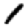
Digit: 1